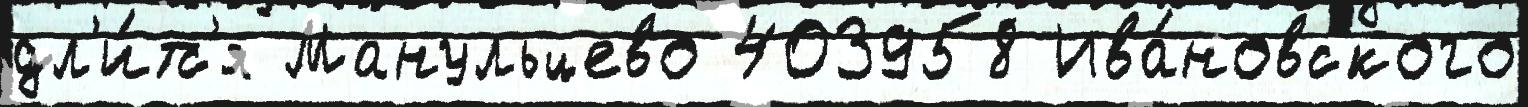
дл'и́тс'я Манульцево 403958 Ива́новского